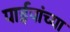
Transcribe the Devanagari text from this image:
पाईपांच्या